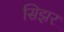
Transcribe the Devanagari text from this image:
सिझर